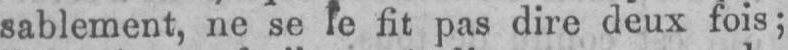
fit pas dire deux fois;